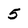
Character: 5